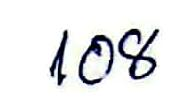
108